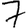
Digit: 7